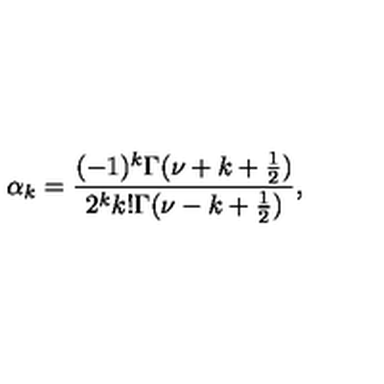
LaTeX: \alpha _ { k } = \frac { ( - 1 ) ^ { k } \Gamma ( \nu + k + \frac { 1 } { 2 } ) } { 2 ^ { k } k ! \Gamma ( \nu - k + \frac { 1 } { 2 } ) } ,